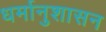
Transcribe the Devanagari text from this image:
धर्मानुशासन